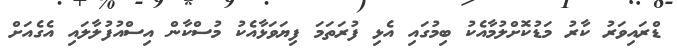
ޑްރައިވަރު ކާރު މަޑުކޮށްލުމާއެކު ބިމުގައި އެޅި ފުރަތަމަ ފިޔަވަޅާއެކު މުސްކާން އިސްއުފުލާލައި އެގެއަށް